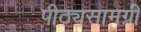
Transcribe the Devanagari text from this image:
पीठ्यसामग्री